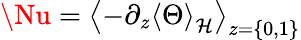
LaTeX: \Nu=\left<-\partial_{z}\left<\Theta\right>_{\mathcal{H}}\right>_{z=\{ 0,1\} }